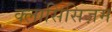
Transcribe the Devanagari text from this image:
क्लासिसिज़म